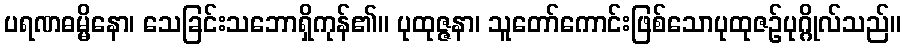
ပရဏဓမ္မိနော၊ သေခြင်းသဘောရှိကုန်၏။ ပုထုဇ္ဇနာ၊ သူတော်ကောင်းဖြစ်သောပုထုဇဉ်ပုဂ္ဂိုလ်သည်။